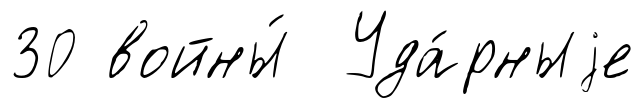
30 войны́ Уда́рныjе